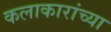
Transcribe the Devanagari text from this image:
कलाकारांच्‍या